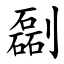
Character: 㔏